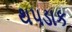
થપડાક